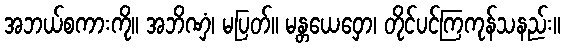
အဘယ်စကားကို။ အဘိဏှံ၊ မပြတ်။ မန္တယေဝှော၊ တိုင်ပင်ကြကုန်သနည်း။